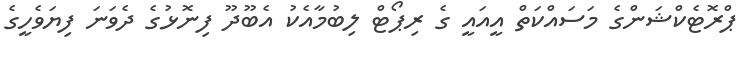
ޕްރޮޓެކްޝަންގެ މަސައްކަތް އީއައީ ގެ ރިޕޯޓް ލިބުމާއެކު އެބޫދޫ ފިނޮޅުގެ ދެވަނަ ފިޔަވެހީގެ